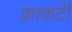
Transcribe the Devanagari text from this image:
क्राकटी